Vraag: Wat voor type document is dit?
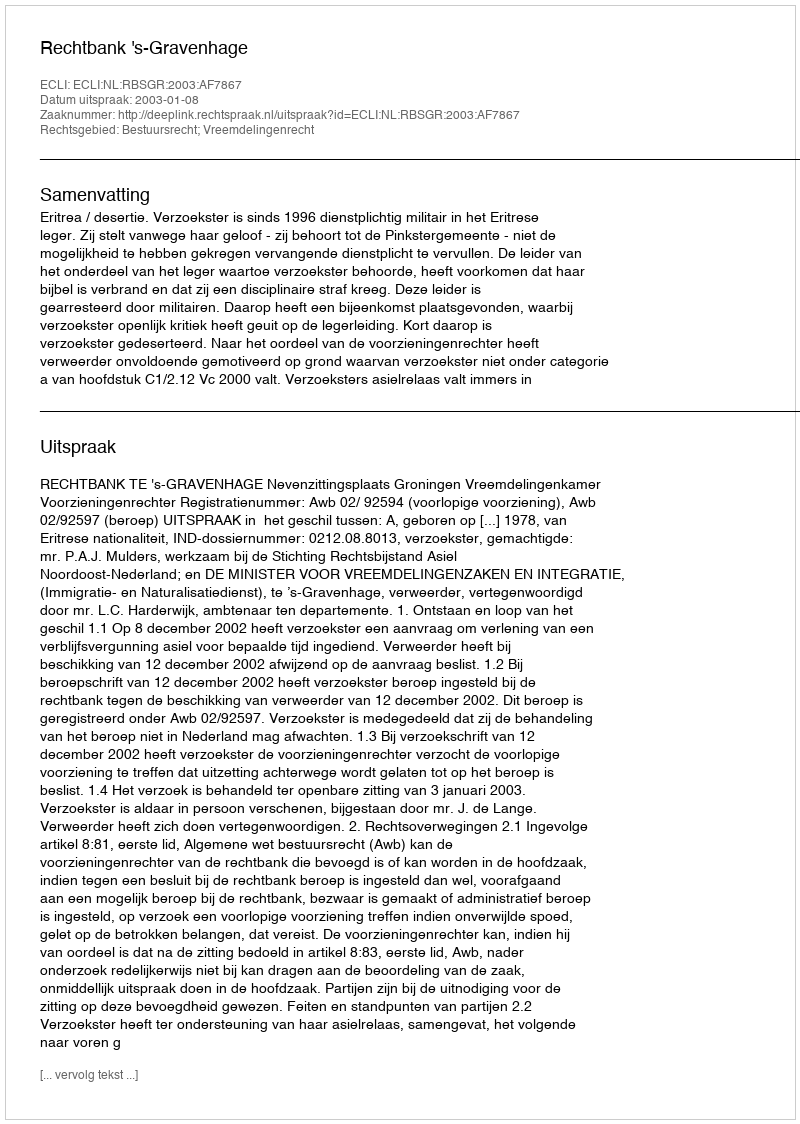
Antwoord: Uitspraak